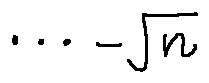
\cdots - \sqrt { n }